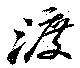
渡